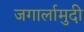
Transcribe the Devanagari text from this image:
जगार्लामुदी